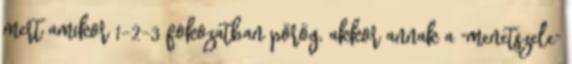
mert amikor 1-2-3 fokozatban pörög, akkor annak a "menetszele"